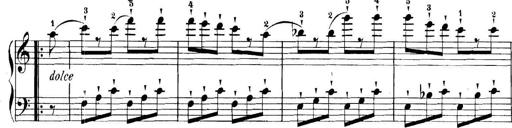
Title: 11 Sonatinas
Composer: Anton Diabelli